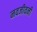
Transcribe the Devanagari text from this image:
नवजीवनी